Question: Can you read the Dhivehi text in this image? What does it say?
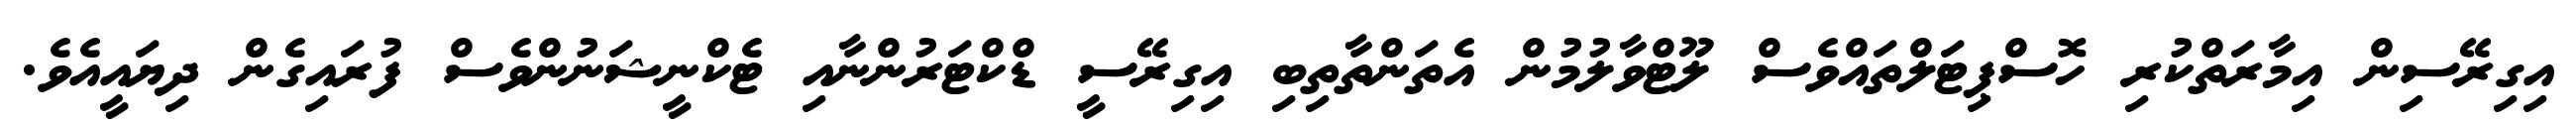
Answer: އިގިރޭސިން އިމާރަތްކުރި ހޮސްޕިޓަލްތައްވެސް ލޫޓްވާލުމުން އެތަންތާތިބި އިގިރޭސީ ޑްކްޓަރުންނާއި ޓެކްނީޝަނުންވެސް ފުރައިގެން ދިޔައީއެވެ.